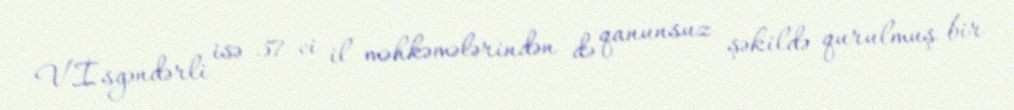
V.İsgəndərli isə 37-ci il məhkəmələrindən də qanunsuz şəkildə qurulmuş bir